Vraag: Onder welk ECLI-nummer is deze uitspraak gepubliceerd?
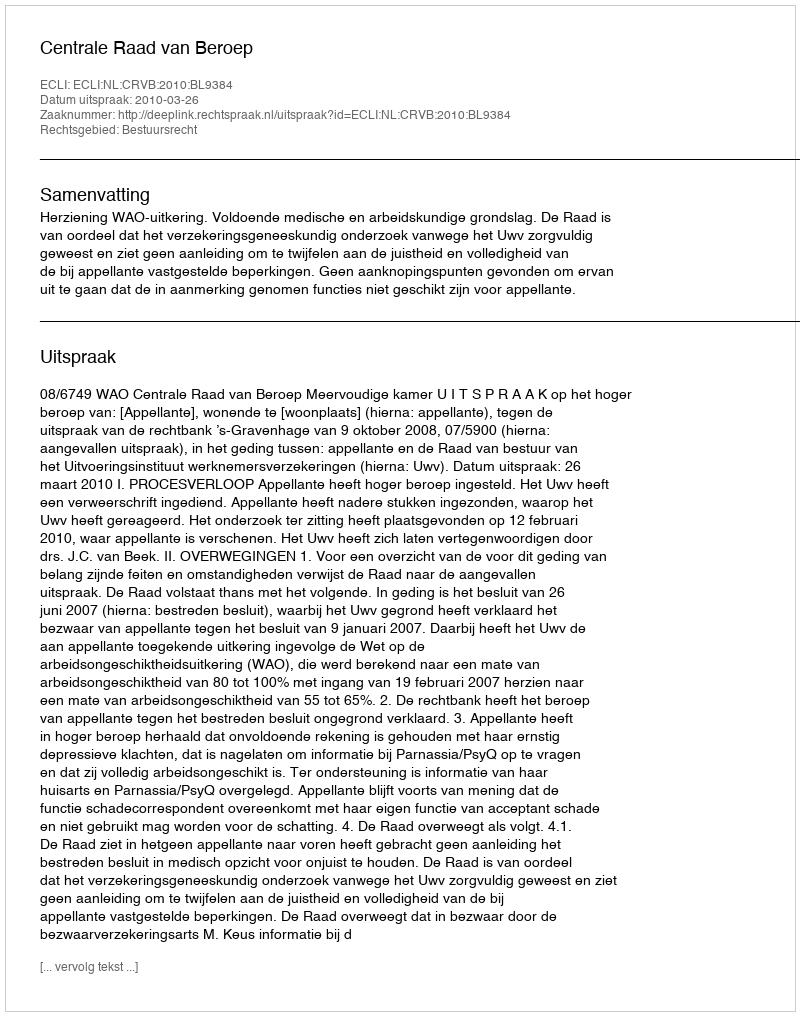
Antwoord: ECLI:NL:CRVB:2010:BL9384